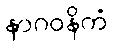
နာဂဝနိကံ